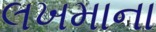
લખમાના